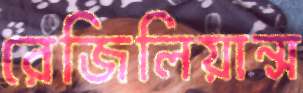
রেজিলিয়ান্স